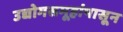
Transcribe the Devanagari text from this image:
उद्योगसमूहांपासून